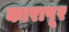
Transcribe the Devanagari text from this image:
कारापूर